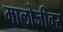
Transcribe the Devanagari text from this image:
मालोजीवर